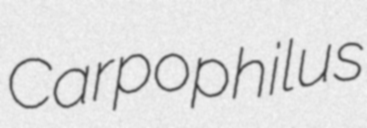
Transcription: Carpophilus